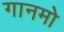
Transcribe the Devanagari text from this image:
गानमो